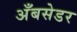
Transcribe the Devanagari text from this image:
अँबसेडर